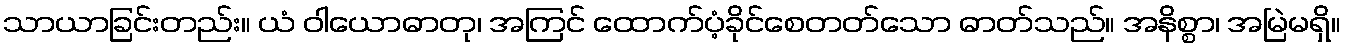
သာယာခြင်းတည်း။ ယံ ဝါယောဓာတု၊ အကြင် ထောက်ပံ့ခိုင်စေတတ်သော ဓာတ်သည်။ အနိစ္စာ၊ အမြဲမရှိ။